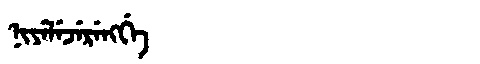
Manchu: ᠨᡳᠶᡝᠯᡝᠵᡝᡵᡝᠩᡤᡝ
Romanization: NIYELEJERENGGE